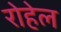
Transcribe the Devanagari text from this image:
रोहेल